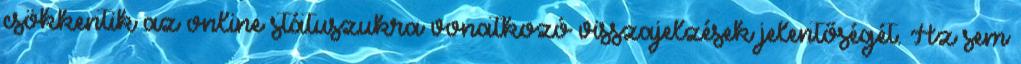
csökkentik az online státuszukra vonatkozó visszajelzések jelentőségét. Az sem